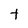
Character: t